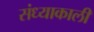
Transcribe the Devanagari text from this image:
संध्याकाली